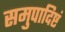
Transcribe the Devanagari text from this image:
समुपादिष्टं